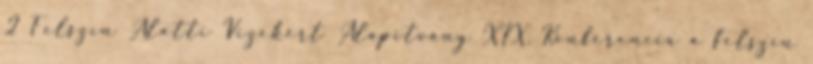
2 Felszín Alatti Vizekért Alapítvány XIX. Konferencia a felszín